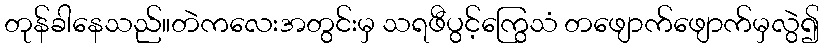
တုန်ခါနေသည်။တဲကလေးအတွင်းမှ သရဖီပွင့်ကြွေသံ တဖျောက်ဖျောက်မှလွဲ၍